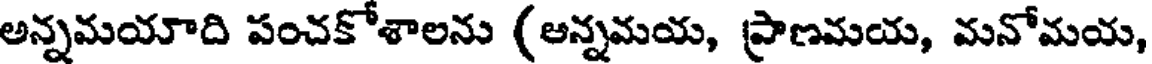
అన్నమయాది పంచకోశాలను (అన్నమయ, ప్రాణమయ, మనోమయ,